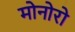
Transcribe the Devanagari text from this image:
मोनोरो